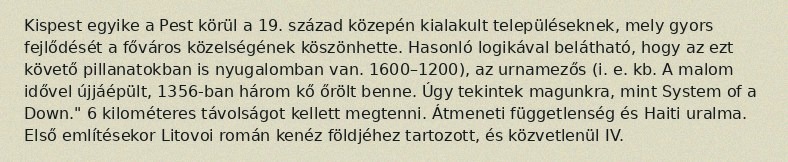
Kispest egyike a Pest körül a 19. század közepén kialakult településeknek, mely gyors fejlődését a főváros közelségének köszönhette. Hasonló logikával belátható, hogy az ezt követő pillanatokban is nyugalomban van. 1600–1200), az urnamezős (i. e. kb. A malom idővel újjáépült, 1356-ban három kő őrölt benne. Úgy tekintek magunkra, mint System of a Down." 6 kilométeres távolságot kellett megtenni. Átmeneti függetlenség és Haiti uralma. Első említésekor Litovoi román kenéz földjéhez tartozott, és közvetlenül IV.